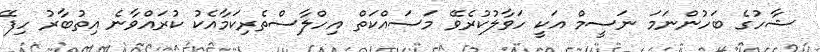
ޝާހުގެ ބަހުންނަމަ ނަސީމް އަކީ ހަވާލުކުރެވޭ މަސައްކަތް އިހްލާސްތެރިކަމާއެކު ކުރައްވާނެ އިތުބާރު ހިފޭ